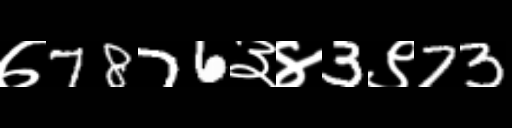
Text: ७7876३४3९73